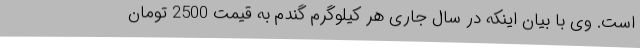
است. وی با بیان اینکه در سال جاری هر کیلوگرم گندم به قیمت 2500 تومان